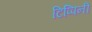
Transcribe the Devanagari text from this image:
टिप्पिनी